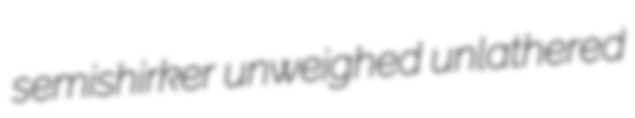
semishirker unweighed unlathered